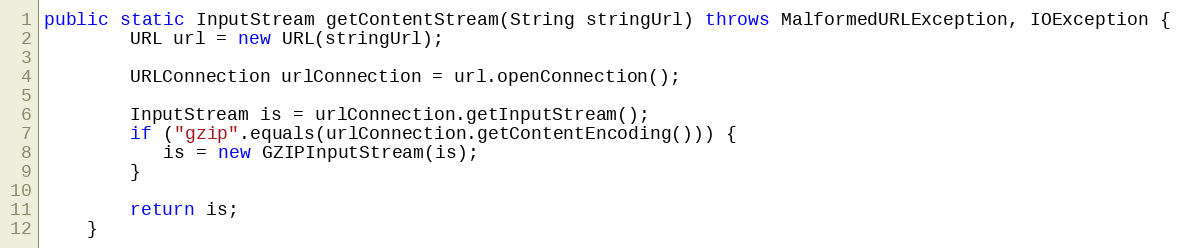
Language: Java
public static InputStream getContentStream(String stringUrl) throws MalformedURLException, IOException {
        URL url = new URL(stringUrl);

        URLConnection urlConnection = url.openConnection();

        InputStream is = urlConnection.getInputStream();
        if ("gzip".equals(urlConnection.getContentEncoding())) {
           is = new GZIPInputStream(is);
        }

        return is;
    }